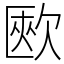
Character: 㰼